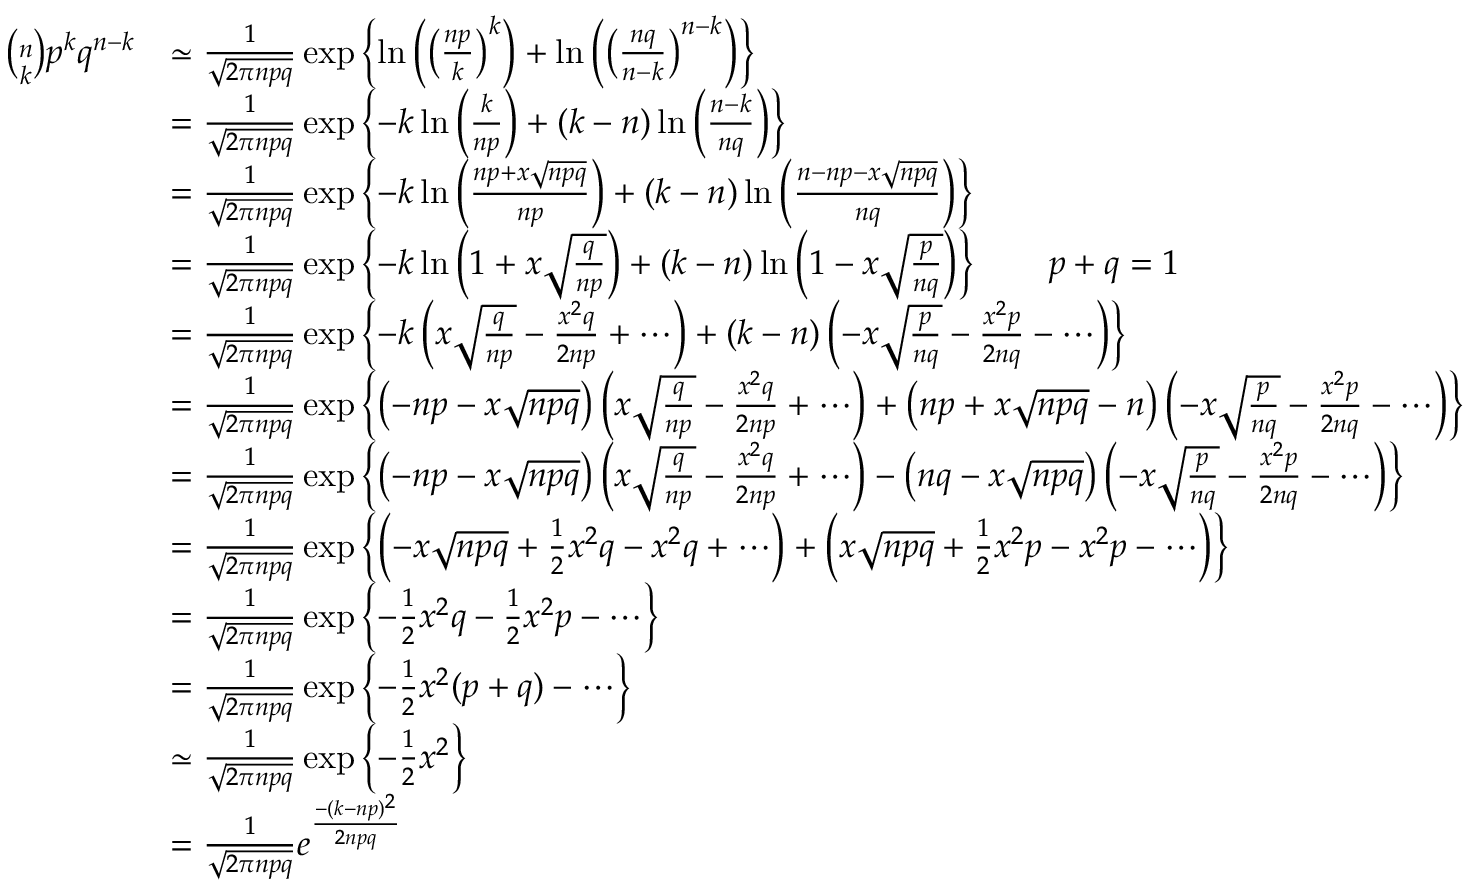
{ \begin{array} { r l } { { \binom { n } { k } } p ^ { k } q ^ { n - k } } & { \simeq { \frac { 1 } { \sqrt { 2 \pi n p q } } } \exp \left\{ \ln \left( \left( { \frac { n p } { k } } \right) ^ { k } \right) + \ln \left( \left( { \frac { n q } { n - k } } \right) ^ { n - k } \right) \right\} } \\ & { = { \frac { 1 } { \sqrt { 2 \pi n p q } } } \exp \left\{ - k \ln \left( { \frac { k } { n p } } \right) + ( k - n ) \ln \left( { \frac { n - k } { n q } } \right) \right\} } \\ & { = { \frac { 1 } { \sqrt { 2 \pi n p q } } } \exp \left\{ - k \ln \left( { \frac { n p + x { \sqrt { n p q } } } { n p } } \right) + ( k - n ) \ln \left( { \frac { n - n p - x { \sqrt { n p q } } } { n q } } \right) \right\} } \\ & { = { \frac { 1 } { \sqrt { 2 \pi n p q } } } \exp \left\{ - k \ln \left( { 1 + x { \sqrt { \frac { q } { n p } } } } \right) + ( k - n ) \ln \left( { 1 - x { \sqrt { \frac { p } { n q } } } } \right) \right\} \qquad p + q = 1 } \\ & { = { \frac { 1 } { \sqrt { 2 \pi n p q } } } \exp \left\{ - k \left( { x { \sqrt { \frac { q } { n p } } } } - { \frac { x ^ { 2 } q } { 2 n p } } + \cdots \right) + ( k - n ) \left( { - x { \sqrt { \frac { p } { n q } } } - { \frac { x ^ { 2 } p } { 2 n q } } } - \cdots \right) \right\} } \\ & { = { \frac { 1 } { \sqrt { 2 \pi n p q } } } \exp \left\{ \left( - n p - x { \sqrt { n p q } } \right) \left( { x { \sqrt { \frac { q } { n p } } } } - { \frac { x ^ { 2 } q } { 2 n p } } + \cdots \right) + \left( n p + x { \sqrt { n p q } } - n \right) \left( - x { \sqrt { \frac { p } { n q } } } - { \frac { x ^ { 2 } p } { 2 n q } } - \cdots \right) \right\} } \\ & { = { \frac { 1 } { \sqrt { 2 \pi n p q } } } \exp \left\{ \left( - n p - x { \sqrt { n p q } } \right) \left( x { \sqrt { \frac { q } { n p } } } - { \frac { x ^ { 2 } q } { 2 n p } } + \cdots \right) - \left( n q - x { \sqrt { n p q } } \right) \left( - x { \sqrt { \frac { p } { n q } } } - { \frac { x ^ { 2 } p } { 2 n q } } - \cdots \right) \right\} } \\ & { = { \frac { 1 } { \sqrt { 2 \pi n p q } } } \exp \left\{ \left( - x { \sqrt { n p q } } + { \frac { 1 } { 2 } } x ^ { 2 } q - x ^ { 2 } q + \cdots \right) + \left( x { \sqrt { n p q } } + { \frac { 1 } { 2 } } x ^ { 2 } p - x ^ { 2 } p - \cdots \right) \right\} } \\ & { = { \frac { 1 } { \sqrt { 2 \pi n p q } } } \exp \left\{ - { \frac { 1 } { 2 } } x ^ { 2 } q - { \frac { 1 } { 2 } } x ^ { 2 } p - \cdots \right\} } \\ & { = { \frac { 1 } { \sqrt { 2 \pi n p q } } } \exp \left\{ - { \frac { 1 } { 2 } } x ^ { 2 } ( p + q ) - \cdots \right\} } \\ & { \simeq { \frac { 1 } { \sqrt { 2 \pi n p q } } } \exp \left\{ - { \frac { 1 } { 2 } } x ^ { 2 } \right\} } \\ & { = { \frac { 1 } { \sqrt { 2 \pi n p q } } } e ^ { \frac { - ( k - n p ) ^ { 2 } } { 2 n p q } } } \end{array} }